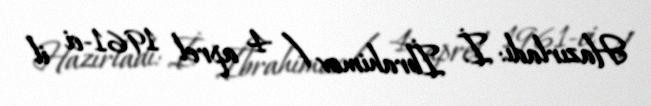
Hazırladı: İ. İbrahimov / 4 aprel 1961-ci il